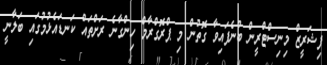
ފިޝަރީޒް މިނިސްޓްރީން ބުނެފައިވާ ގޮތުން މި ޕްރޮގްރާމް ހިންގާނެ ރަށްތައް ކަނޑައެޅުމުގައި ބަލާނީ